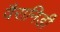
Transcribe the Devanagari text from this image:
वैरानिडी